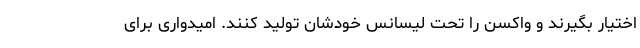
اختیار بگیرند و واکسن را تحت لیسانس خودشان تولید کنند. امیدواری برای